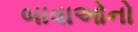
બાવાઓનો